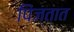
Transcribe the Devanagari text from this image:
पिंजतात